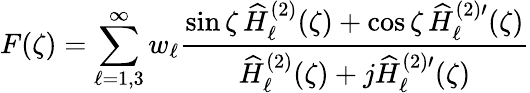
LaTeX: F(\zeta)=\sum_{\ell=1,3}^{\infty}w_{\ell}\frac{\sin\zeta\, \widehat{H}_{\ell}^{(2)}(\zeta)+\cos\zeta\, \widehat{H}_{\ell}^{(2)\prime}(\zeta)}{\widehat{H}_{\ell}^{(2)}(\zeta)+j\widehat{H}_{\ell}^{(2)\prime}(\zeta)}